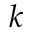
k